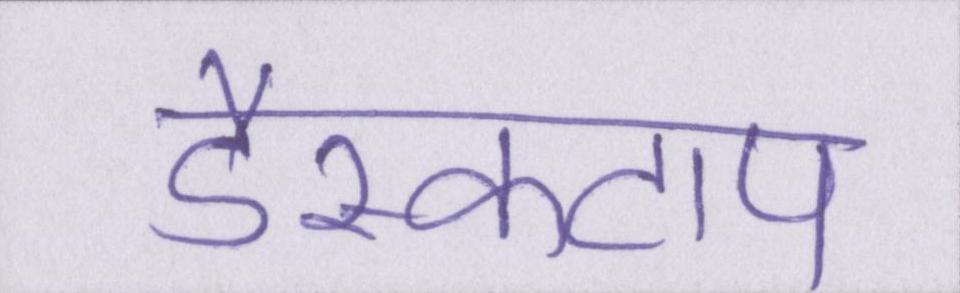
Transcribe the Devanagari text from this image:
डैस्कटाप